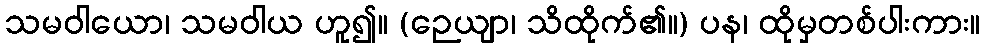
သမဝါယော၊ သမဝါယ ဟူ၍။ (ဉေယျာ၊ သိထိုက်၏။) ပန၊ ထိုမှတစ်ပါးကား။